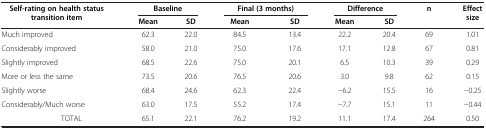
<table><thead><tr><td colspan="2" rowspan="2"><b>Self-rating on health status transition item</b></td><td colspan="2"><b>Baseline</b></td><td colspan="2"><b>Final (3 months)</b></td><td colspan="2"><b>Difference</b></td><td rowspan="2"><b>n</b></td><td rowspan="2"><b>Effect size</b></td></tr><tr><td><b>Mean</b></td><td><b>SD</b></td><td><b>Mean</b></td><td><b>SD</b></td><td><b>Mean</b></td><td><b>SD</b></td></tr></thead><tbody><tr><td colspan="2">Much improved</td><td>62.3</td><td>22.0</td><td>84.5</td><td>13.4</td><td>22.2</td><td>20.4</td><td>69</td><td>1.01</td></tr><tr><td colspan="2">Considerably improved</td><td>58.0</td><td>21.0</td><td>75.0</td><td>17.6</td><td>17.1</td><td>12.8</td><td>67</td><td>0.81</td></tr><tr><td colspan="2">Slightly improved</td><td>68.5</td><td>22.6</td><td>75.0</td><td>20.1</td><td>6.5</td><td>10.3</td><td>39</td><td>0.29</td></tr><tr><td colspan="2">More or less the same</td><td>73.5</td><td>20.6</td><td>76.5</td><td>20.6</td><td>3.0</td><td>9.8</td><td>62</td><td>0.15</td></tr><tr><td colspan="2">Slightly worse</td><td>68.4</td><td>24.6</td><td>62.3</td><td>22.4</td><td>−6.2</td><td>15.5</td><td>16</td><td>−0.25</td></tr><tr><td colspan="2">Considerably/Much worse</td><td>63.0</td><td>17.5</td><td>55.2</td><td>17.4</td><td>−7.7</td><td>15.1</td><td>11</td><td>−0.44</td></tr><tr><td>[EMPTY_CELL]</td><td>TOTAL</td><td>65.1</td><td>22.1</td><td>76.2</td><td>19.2</td><td>11.1</td><td>17.4</td><td>264</td><td>0.50</td></tr></tbody></table>